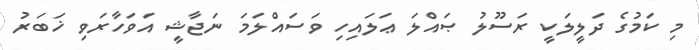
މި ކަމުގެ ދަލީލަކީ ރަސޫލު ޞައްލަ ޢަލައިހި ވަސައްލަމަ ނަޖާޝީ އަވަހާރަވި ޚަބަރު